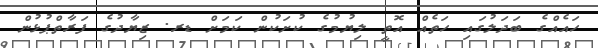
ހައެއްގެ ބަދަލުގައި ހަތެއް އޮތީ ލިޔުމުގެ ކުށަކުން ކަމަށް ޑރ. ޒިޔާދުގެ ފަރާތްޕުޅުން